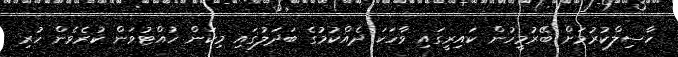
ހާސިލްކުރުމަށް ބޭރުމީހުން ކައިރީގައި ވާހަކަ ދެއްކުމުގެ ބަދަލުގައި މިކަން ހުއްޓުވަން ކުރެވެން ހުރި